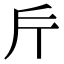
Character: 𭤟